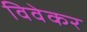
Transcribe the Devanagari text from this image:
विवेकर